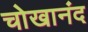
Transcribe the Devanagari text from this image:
चोखानंद